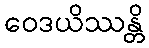
ဝေဒယိဿန္တိ